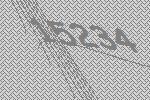
15234